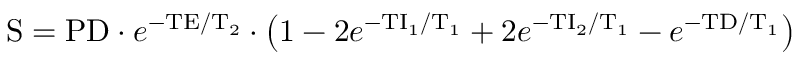
\mathrm { S } = \mathrm { P D } \cdot e ^ { - \mathrm { T E } / \mathrm { T } _ { 2 } } \cdot \left( 1 - 2 e ^ { - \mathrm { T I } _ { 1 } / \mathrm { T } _ { 1 } } + 2 e ^ { - \mathrm { T I } _ { 2 } / \mathrm { T } _ { 1 } } - e ^ { - \mathrm { T D } / \mathrm { T } _ { 1 } } \right)